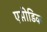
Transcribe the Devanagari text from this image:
एसीडिक